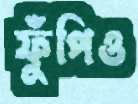
ফুঁপিও